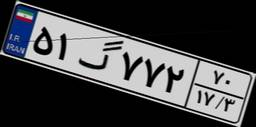
۵۱گ۷۷۲۷۰